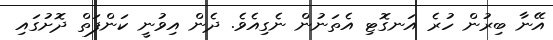
އޭނާ ބިރުން ހުރެ އަނގޮޓި އެތަނުން ނެގިއެވެ. ދެން އިވުނީ ކަންފަތް ދޮށުގައި